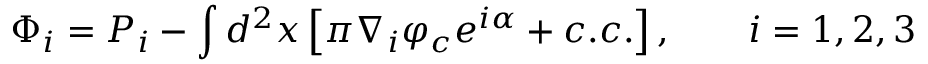
\Phi _ { i } = P _ { i } - \int d ^ { 2 } x \left[ \pi \nabla _ { i } \varphi _ { c } e ^ { i \alpha } + c . c . \right] , \qquad i = 1 , 2 , 3